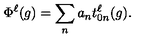
\Phi ^ { \ell } ( g ) = \sum _ { n } a _ { n } t _ { 0 n } ^ { \ell } ( g ) .